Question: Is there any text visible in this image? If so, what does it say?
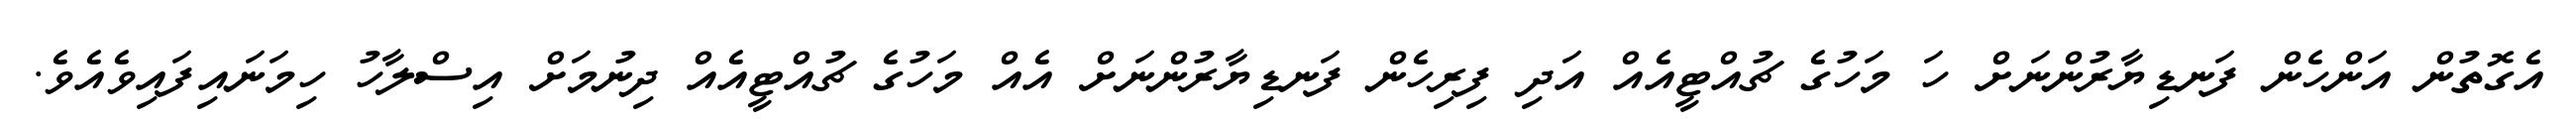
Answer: އެގޮތުން އަންހެން ފަނޑިޔާރުންނަށް ހަ މަހުގެ ޗުއްޓީއެއް އަދި ފިރިހެން ފަނޑިޔާރުންނަށް އެއް މަހުގެ ޗުއްޓީއެއް ދިނުމަށް އިސްލާހު ހިމަނައިފައިވެއެވެ.